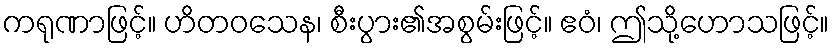
ကရုဏာဖြင့်။ ဟိတဝသေန၊ စီးပွား၏အစွမ်းဖြင့်။ ဧဝံ၊ ဤသို့ဟောသဖြင့်။